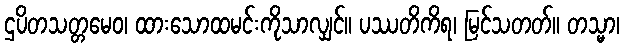
ဌပိတသတ္တမေဝ၊ ထားသောထမင်းကိုသာလျှင်။ ပဿတိကိရ၊ မြင်သတတ်။ တသ္မာ၊